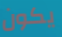
يكون